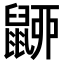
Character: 𪕚